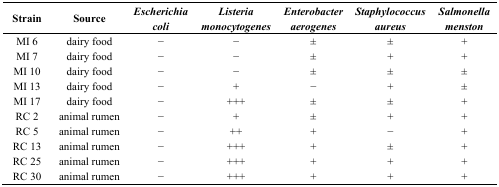
<table><thead><tr><td><b>Strain</b></td><td><b>Source</b></td><td><b><i>Escherichia coli</i></b></td><td><b><i>Listeria monocytogenes</i></b></td><td><b><i>Enterobacter aerogenes</i></b></td><td><b><i>Staphylococcus aureus</i></b></td><td><b><i>Salmonella menston</i></b></td></tr></thead><tbody><tr><td>MI 6</td><td>dairy food</td><td>−</td><td>−</td><td>±</td><td>±</td><td>+</td></tr><tr><td>MI 7</td><td>dairy food</td><td>−</td><td>−</td><td>±</td><td>+</td><td>+</td></tr><tr><td>MI 10</td><td>dairy food</td><td>−</td><td>−</td><td>±</td><td>±</td><td>±</td></tr><tr><td>MI 13</td><td>dairy food</td><td>−</td><td>+</td><td>−</td><td>+</td><td>±</td></tr><tr><td>MI 17</td><td>dairy food</td><td>−</td><td>+++</td><td>±</td><td>±</td><td>+</td></tr><tr><td>RC 2</td><td>animal rumen</td><td>−</td><td>+</td><td>±</td><td>+</td><td>+</td></tr><tr><td>RC 5</td><td>animal rumen</td><td>−</td><td>++</td><td>+</td><td>−</td><td>+</td></tr><tr><td>RC 13</td><td>animal rumen</td><td>−</td><td>+++</td><td>+</td><td>±</td><td>+</td></tr><tr><td>RC 25</td><td>animal rumen</td><td>−</td><td>+++</td><td>+</td><td>+</td><td>+</td></tr><tr><td>RC 30</td><td>animal rumen</td><td>−</td><td>+++</td><td>+</td><td>+</td><td>+</td></tr></tbody></table>